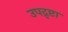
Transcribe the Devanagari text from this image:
उपद्र्ष्टा